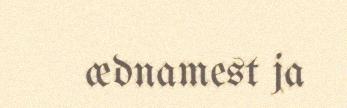
ædnamest ja